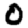
Digit: 0